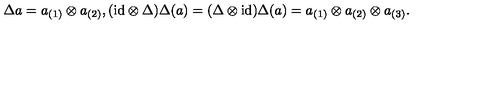
\Delta a = a _ { ( 1 ) } \otimes a _ { ( 2 ) } , ( \mathrm { i d } \otimes \Delta ) \Delta ( a ) = ( \Delta \otimes \mathrm { i d } ) \Delta ( a ) = a _ { ( 1 ) } \otimes a _ { ( 2 ) } \otimes a _ { ( 3 ) } .